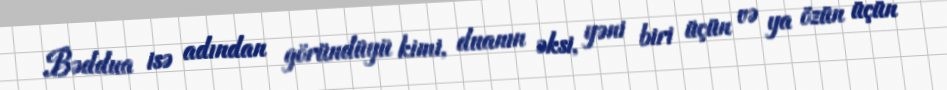
Bəddua isə adından göründüyü kimi, duanın əksi, yəni biri üçün və ya özün üçün